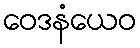
ဝေဒနံယေဝ